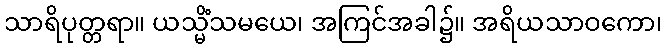
သာရိပုတ္တရာ။ ယသ္မိံသမယေ၊ အကြင်အခါ၌။ အရိယသာဝကော၊